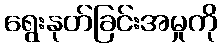
ရွေးနုတ်ခြင်းအမှုကို